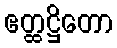
ဧတ္ထဋ္ဌိတော